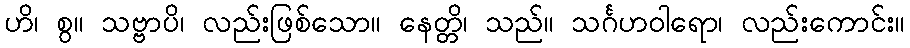
ဟိ၊ စွ။ သဗ္ဗာပိ၊ လည်းဖြစ်သော။ နေတ္တိ၊ သည်။ သင်္ဂဟဝါရော၊ လည်းကောင်း။